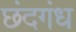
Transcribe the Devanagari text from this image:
छंदगंध